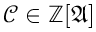
{ \mathcal { C } } \in \mathbb { Z } [ { \mathfrak { A } } ]